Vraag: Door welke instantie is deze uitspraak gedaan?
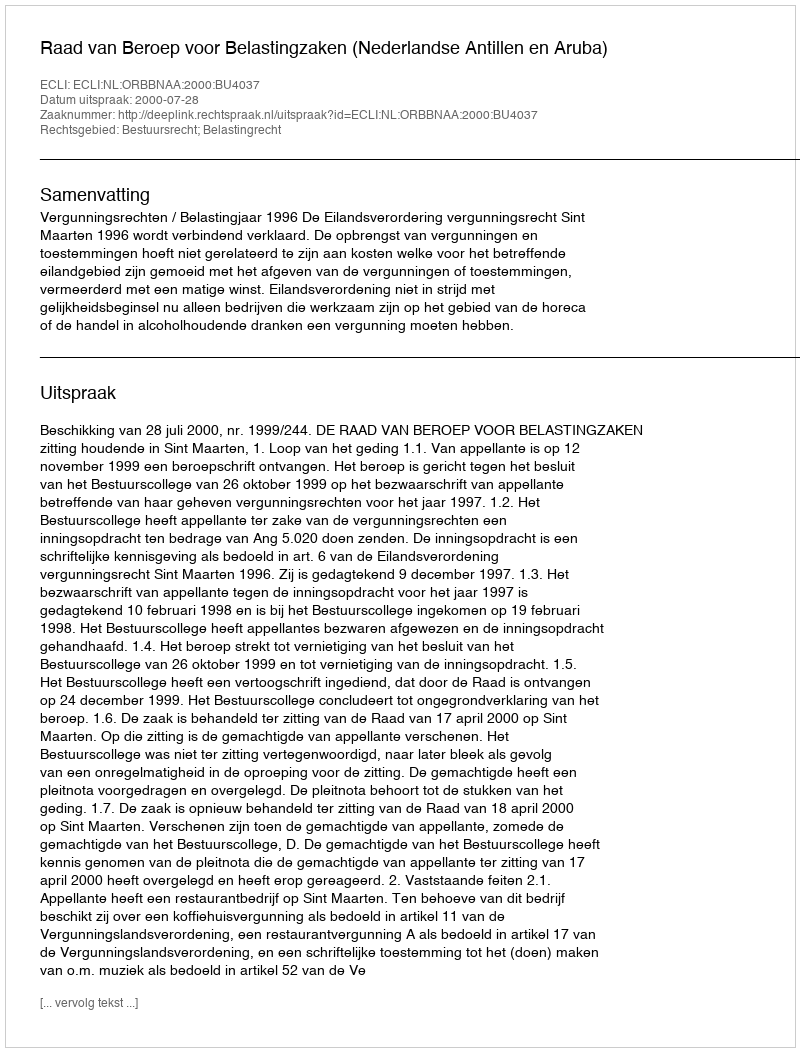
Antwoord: Raad van Beroep voor Belastingzaken (Nederlandse Antillen en Aruba)